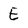
Character: E